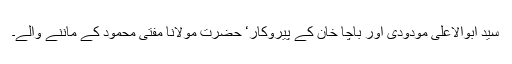
سیّد ابوالاعلیٰ مودودی اور باچا خان کے پیروکار‘ حضرت مولانا مفتی محمود کے ماننے والے۔